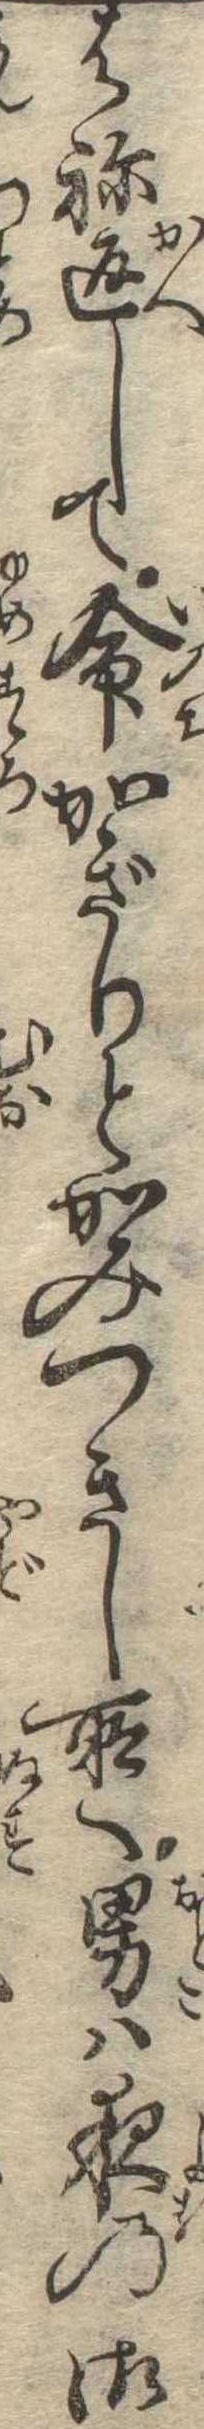
はね返して命かぎりとかみつきし所へ男は夜の御